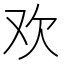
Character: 欢